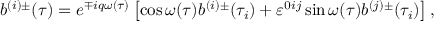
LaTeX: b ^ { ( i ) \pm } ( \tau ) = e ^ { \mp i q \omega ( \tau ) } \left[ \cos \omega ( \tau ) b ^ { ( i ) \pm } ( \tau _ { i } ) + \varepsilon ^ { 0 i j } \sin \omega ( \tau ) b ^ { ( j ) \pm } ( \tau _ { i } ) \right] ,